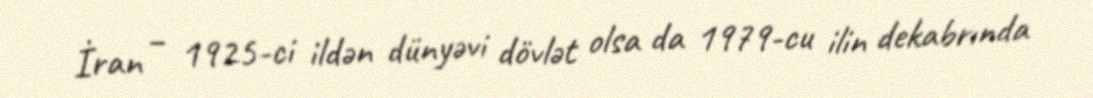
İran – 1925-ci ildən dünyəvi dövlət olsa da 1979-cu ilin dekabrında